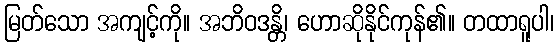
မြတ်သော အကျင့်ကို။ အဘိဝဒန္တိ၊ ဟောဆိုနိုင်ကုန်၏။ တထာရူပါ၊